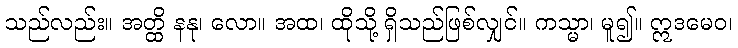
သည်လည်း။ အတ္ထိ နနု၊ လော။ အထ၊ ထိုသို့ ရှိသည်ဖြစ်လျှင်။ ကသ္မာ၊ မူ၍။ ဣဒမေဝ၊